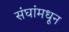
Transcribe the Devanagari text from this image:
संघांमधून